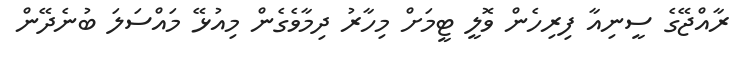
ރާއްޖޭގެ ސީނިއާ ފިރިހެން ވޮލީ ޓީމަށް މިހާރު ދިމާވެގެން މިއުޅޭ މައްސަލަ ބުނެދޭން